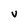
Character: V